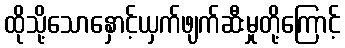
ထိုသို့သောနှောင့်ယှက်ဖျက်ဆီးမှုတို့ကြောင့်